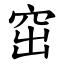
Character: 窋